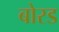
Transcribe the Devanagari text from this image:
बोरड